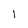
Character: l